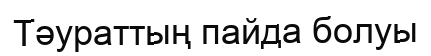
Тәураттың пайда болуы